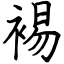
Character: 裼